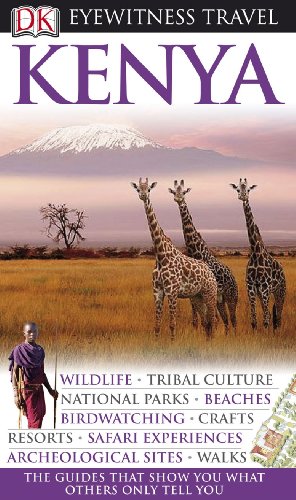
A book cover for Kenya (Eyewitness Travel Guides); Philip Briggs; Travel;